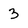
Character: 3